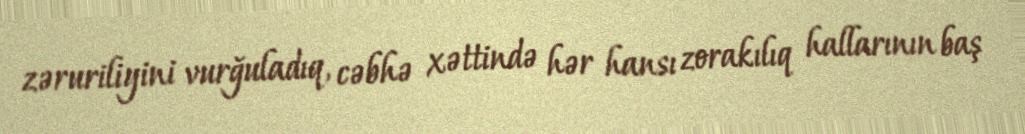
zəruriliyini vurğuladıq, cəbhə xəttində hər hansı zorakılıq hallarının baş